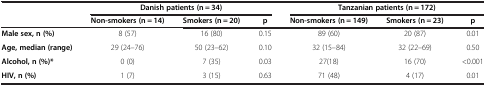
<table><thead><tr><td><b> </b></td><td colspan="3"><b>Danish patients (n = 34)</b></td><td colspan="3"><b>Tanzanian patients (n = 172)</b></td></tr><tr><td><b> </b></td><td><b>Non-smokers (n = 14)</b></td><td><b>Smokers (n = 20)</b></td><td><b>p</b></td><td><b>Non-smokers (n = 149)</b></td><td><b>Smokers (n = 23)</b></td><td><b>p</b></td></tr></thead><tbody><tr><td><b>Male sex, n (%)</b></td><td>8 (57)</td><td>16 (80)</td><td>0.15</td><td>89 (60)</td><td>20 (87)</td><td>0.01</td></tr><tr><td><b>Age, median (range)</b></td><td>29 (24–76)</td><td>50 (23–62)</td><td>0.10</td><td>32 (15–84)</td><td>32 (22–69)</td><td>0.50</td></tr><tr><td><b>Alcohol, n (%)*</b></td><td>0 (0)</td><td>7 (35)</td><td>0.03</td><td>27(18)</td><td>16 (70)</td><td>&lt;0.001</td></tr><tr><td><b>HIV, n (%)</b></td><td>1 (7)</td><td>3 (15)</td><td>0.63</td><td>71 (48)</td><td>4 (17)</td><td>0.01</td></tr></tbody></table>